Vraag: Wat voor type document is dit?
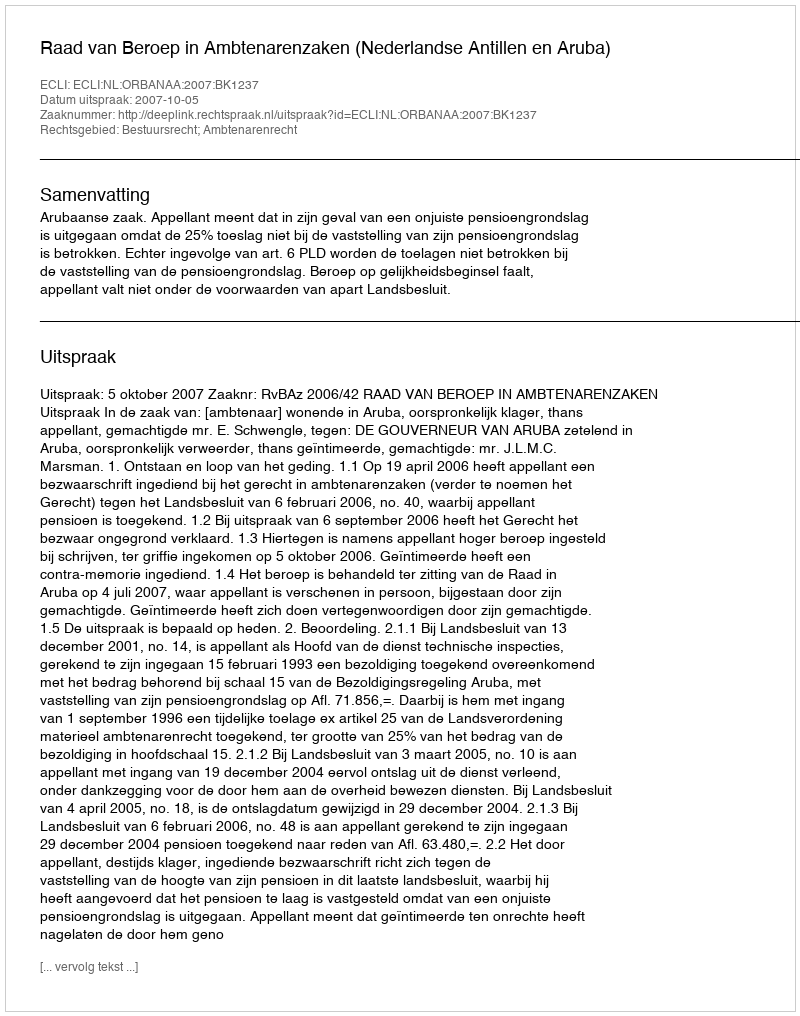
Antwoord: Uitspraak